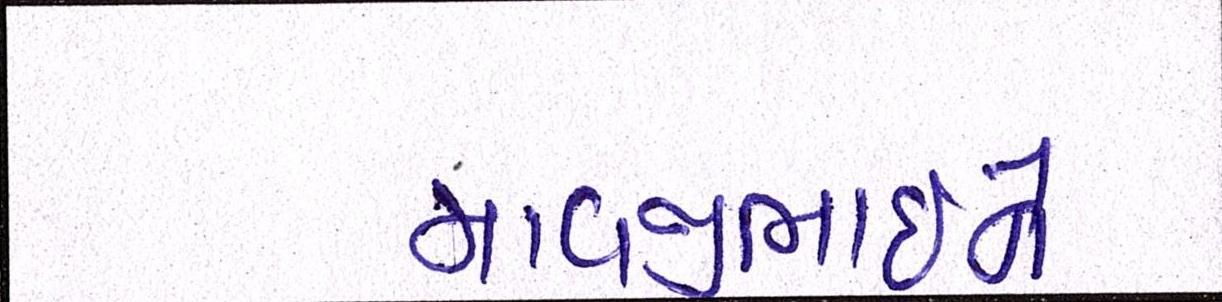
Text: માવજીભાઇને